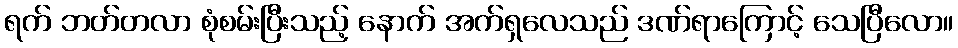
ရက် ဘတ်တလာ စုံစမ်းပြီးသည့် နောက် အက်ရှလေသည် ဒဏ်ရာကြောင့် သေပြီလော။